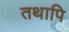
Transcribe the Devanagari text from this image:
तथापि